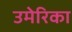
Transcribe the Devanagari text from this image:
उमेरिका